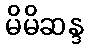
မိမိဆန္ဒ